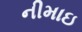
નીમાઇ